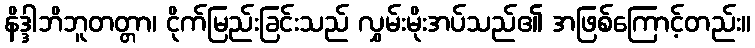
နိဒ္ဒါဘိဘူတတ္တာ၊ ငိုက်မြည်းခြင်းသည် လွှမ်းမိုးအပ်သည်၏ အဖြစ်ကြောင့်တည်း။